Note on the mental hospitals in Burma - 1925-1940
Year: 1925
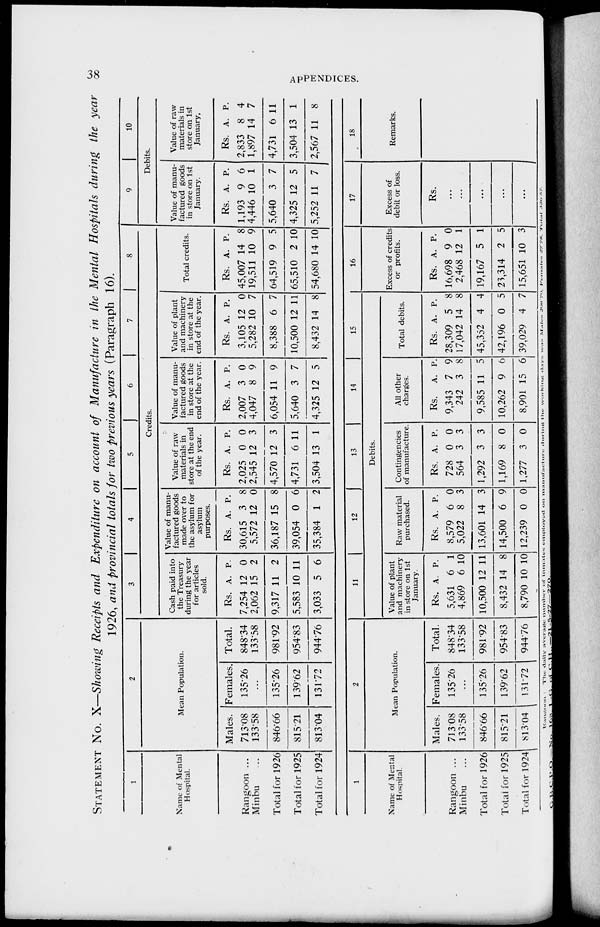
38
APPENDICES.
STATEMENT NO. X—Showing Receipts and Expenditure on account of Manufacture in the Mental Hospitals during the year
1926, and provincial totals for two previous years (Paragraph 16).
1
Name of Mental
Hospital.
Rangoon ...
Minbu ...
Total for 1926
Total for 1925
Total for 1924
2
Mean Population.
Males.
713.08
133.58
846.66
815.21
813.04
Females.
135.26
...
135.26
139.62
131.72
Total.
848.34
133.58
981.92
954.83
944.76
3
4
5
6
7
8
Credits.
Cash paid into
the Treasury
during the year
for articles
sold.
Rs.
7,254
2,062
9,317
5,583
3,033
A.
12
15
11
10
5
P.
0
2
2
11
6
Value of manu-
factured goods
made over to
the asylum for
asylum
purposes.
Rs.
30,615
5,572
36,187
39,054
35,384
A.
3
12
15
0
1
P.
8
0
8
6
2
Value of raw
materials in
store at the end
of the year.
Rs.
2,025
2,545
4,570
4,731
3,504
A.
0
12
12
6
13
P.
0
3
3
11
1
Value of manu-
factured goods
in store at the
end of the year.
Rs.
2,007
4,047
6,054
5,640
4,325
A.
3
8
11
3
12
P.
0
9
9
7
5
Value of plant
and machinery
in store at the
end of the year.
Rs.
3,105
5,282
8,388
10,500
8,432
A.
12
10
6
12
14
P.
0
7
7
11
8
Total credits.
Rs.
45,007
19,511
64,519
65,510
54,680
A.
14
10
9
2
14
P.
8
9
5
10
10
9
10
Debits.
Value of manu-
factured goods
in store on 1st
January.
Rs.
1,193
4,446
5,640
4,325
5,252
A.
9
10
3
12
11
P.
6
1
7
5
7
Value of raw
materials in
store on 1st
January.
Rs.
2,833
1,897
4,731
3,504
2,567
A.
8
14
6
13
11
P.
4
7
11
1
8
1
Name of Mental
Hospital.
Rangoon ...
Minbu ...
Total for 1926
Total for 1925
Total for 1924
2
Mean Population.
Males.
713.08
133.58
846.66
815.21
813.04
Females.
135.26
...
135.26
139.62
131.72
Total.
848.34
133.58
981.92
954.83
944.76
11
12
13
14
15
Debits.
Value of plant
and machinery
in store on 1st
January.
Rs.
5,631
4,869
10,500
8,432
8,790
A.
6
6
12
14
10
P.
1
10
11
8
10
Raw material
purchased.
Rs.
8,579
5,022
13,601
14,500
12,239
A.
6
8
14
6
0
P.
0
3
3
9
0
Contingencies
of manufacture.
Rs.
728
564
1,292
1,169
1,277
A.
0
3
3
8
3
P.
0
3
3
0
0
All other
charges.
Rs.
9,343
242
9,585
10,262
8,901
A.
7
3
11
9
15
P.
9
8
5
6
6
Total debits.
Rs.
28,309
17,042
45,352
42,196
39,029
A.
5
14
4
0
4
P.
8
8
4
5
7
16
Excess of credits
or profits.
Rs.
16,698
2,468
19,167
23,314
15,651
A.
9
12
5
2
10
P.
0
1
1
5
3
17
Excess of
debit or loss.
Rs.
...
...
...
...
...
18
Remarks.
Rangoon: The daily aver age number of inmates employed on manufacture during the working days was males 298.79, Females 27.78, Total 326.57.
G. B. C. P. O. —No. 168. I.-G. of C.H., — 21-5-27—270.